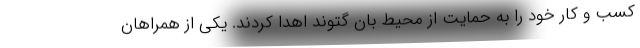
کسب و کار خود را به حمایت از محیط بان گتوند اهدا کردند. یکی از همراهان